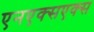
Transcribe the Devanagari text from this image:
एनएक्सएक्स